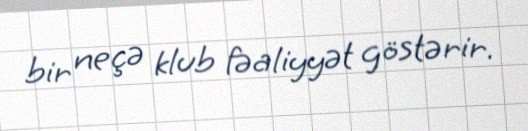
bir neçə klub fəaliyyət göstərir.